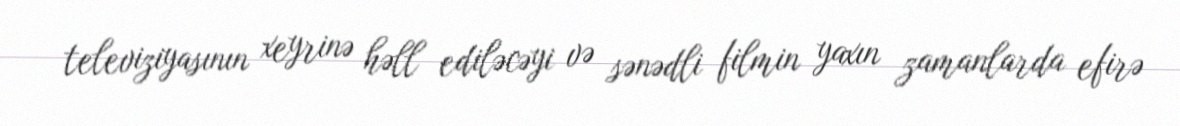
televiziyasının xeyrinə həll ediləcəyi və sənədli filmin yaxın zamanlarda efirə